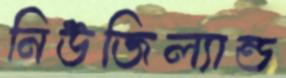
নিউজিল্যান্ড